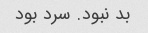
بد نبود. سرد بود